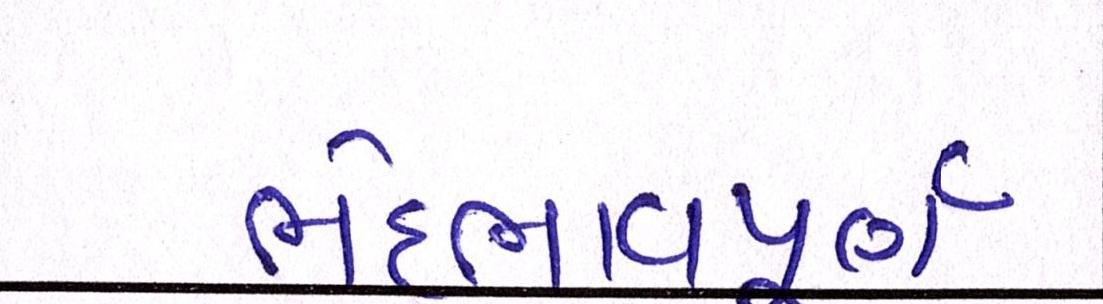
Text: ભેદભાવપૂર્ણ